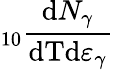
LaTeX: _{10}\frac{\mathrm{d}N_{\gamma}}{\mathrm{dTd}\varepsilon_{\gamma}}